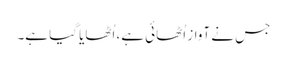
جس نے آواز اُٹھائی ہے، اُٹھایا گیا ہے۔